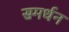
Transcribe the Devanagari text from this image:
समर्धन